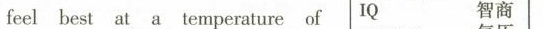
feel best at a temperature of IQ 智商